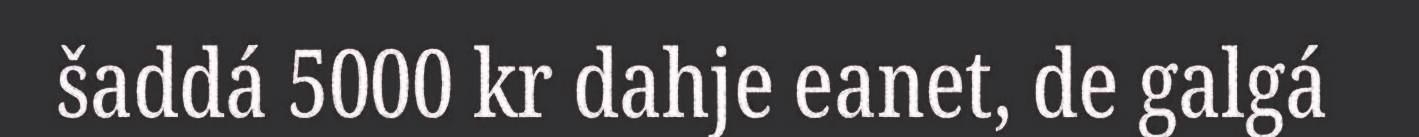
šaddá 5000 kr dahje eanet, de galgá